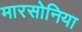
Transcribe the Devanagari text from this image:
मारसोनिया